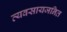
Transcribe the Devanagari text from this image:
व्यवसायजनित